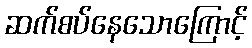
ဆက်စပ်နေသောကြောင့်